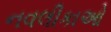
નવલીકાઓ